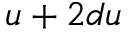
u + 2 d u